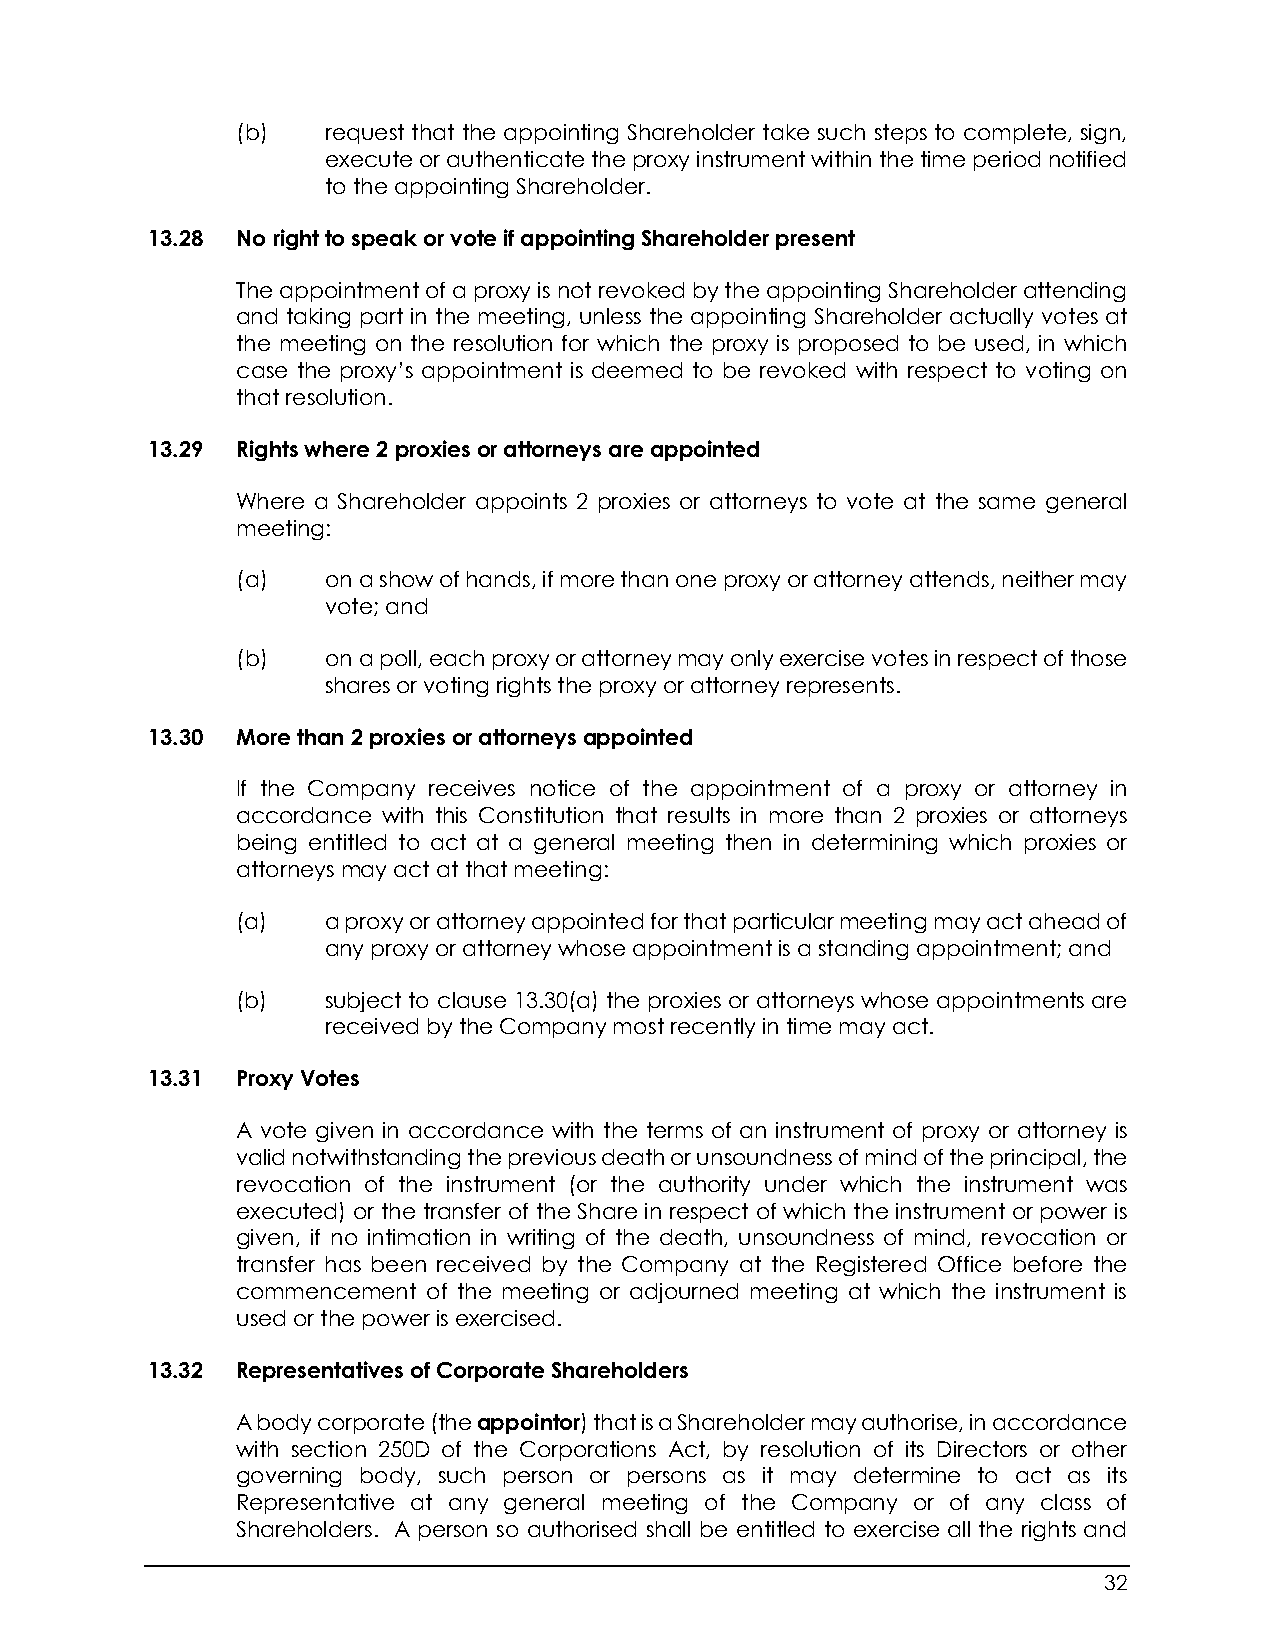
(b)   request that the appointing Shareholder take such steps to complete, sign,
 execute or authenticate the proxy instrument within the time period notified
 to the appointing Shareholder.
 13.28 No right to speak or vote if appointing Shareholder present
 The appointment of a proxy is not revoked by the appointing Shareholder attending
 and taking part in the meeting, unless the appointing Shareholder actually votes at
 the meeting on the resolution for which the proxy is proposed to be used, in which
 case the proxy’s appointment is deemed to be revoked with respect to voting on
 that resolution.
 13.29 Rights where 2 proxies or attorneys are appointed
 Where a Shareholder appoints 2 proxies or attorneys to vote at the same general
 meeting:
 (a)   on a show of hands, if more than one proxy or attorney attends, neither may
 vote; and
 (b)   on a poll, each proxy or attorney may only exercise votes in respect of those
 shares or voting rights the proxy or attorney represents.
 13.30 More than 2 proxies or attorneys appointed
 If the Company receives notice of the appointment of a proxy or attorney in
 accordance with this Constitution that results in more than 2 proxies or attorneys
 being entitled to act at a general meeting then in determining which proxies or
 attorneys may act at that meeting:
 (a)   a proxy or attorney appointed for that particular meeting may act ahead of
 any proxy or attorney whose appointment is a standing appointment; and
 (b)   subject to clause 13.30(a) the proxies or attorneys whose appointments are
 received by the Company most recently in time may act.
 13.31 Proxy Votes
 A vote given in accordance with the terms of an instrument of proxy or attorney is
 valid notwithstanding the previous death or unsoundness of mind of the principal, the
 revocation of the instrument (or the authority under which the instrument was
 executed) or the transfer of the Share in respect of which the instrument or power is
 given, if no intimation in writing of the death, unsoundness of mind, revocation or
 transfer has been received by the Company at the Registered Office before the
 commencement of the meeting or adjourned meeting at which the instrument is
 used or the power is exercised.
 13.32 Representatives of Corporate Shareholders
 A body corporate (the appointor) that is a Shareholder may authorise, in accordance
 with section 250D of the Corporations Act, by resolution of its Directors or other
 governing body, such person or persons as it may determine to act as its
 Representative at any general meeting of the Company or of any class of
 Shareholders. A person so authorised shall be entitled to exercise all the rights and
 32